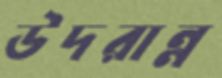
উদরান্ন